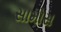
સામોસ